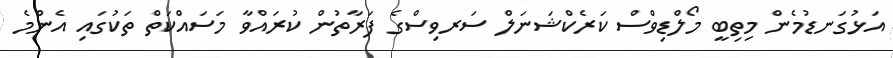
އަޅުގަނޑުމެން މިތިބީ މޯލްޑިވްސް ކަރެކްޝަނަލް ސަރވިސްގެ ފަރާތުން ކުރައްވާ މަސައްކަތް ތަކުގައި އެންމެ